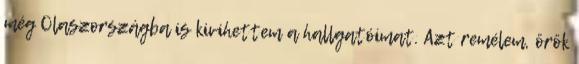
még Olaszországba is kivihettem a hallgatóimat. Azt remélem, örök